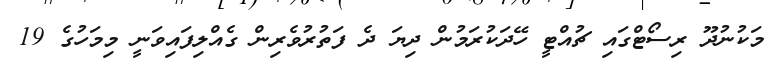
މަކުނުދޫ ރިސޯޓްގައި ޗުއްޓީ ހޭދަކުރަމުން ދިޔަ ދެ ފަތުރުވެރިން ގެއްލިފައިވަނީ މިމަހުގެ 19